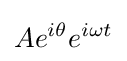
Ae^{i\theta }e^{i\omega t}